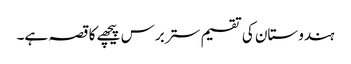
ہندوستان کی تقسیم ستر برس پیچھے کا قصہ ہے۔